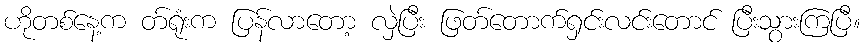
ဟိုတစ်နေ့က တ်ရုံးက ပြန်လာတော့ လှဲပြီး ဖြတ်တောက်ရှင်းလင်းတောင် ပြီးသွားကြပြီ။